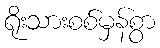
ရိုးသားစစ်မှန်စွာ